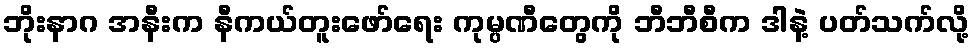
ဘိုးနာဂ အနီးက နီကယ်တူးဖော်ရေး ကုမ္ပဏီတွေကို ဘီဘီစီက ဒါနဲ့ ပတ်သက်လို့